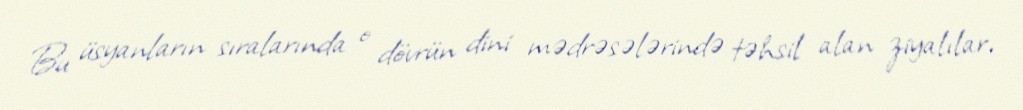
Bu üsyanların sıralarında o dövrün dini mədrəsələrində təhsil alan ziyalılar,